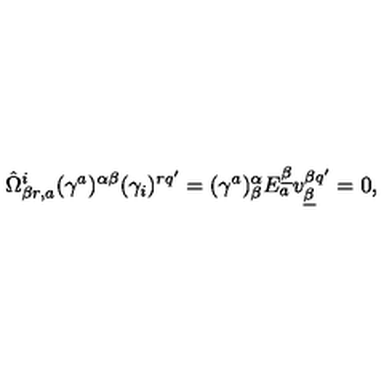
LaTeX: \hat { \Omega } _ { \beta r , a } ^ { i } ( \gamma ^ { a } ) ^ { \alpha \beta } ( \gamma _ { i } ) ^ { r q ^ { \prime } } = ( \gamma ^ { a } ) _ { \beta } ^ { \alpha } E _ { a } ^ { \underline { \beta } } v _ { \underline { \beta } } ^ { \beta q ^ { \prime } } = 0 ,